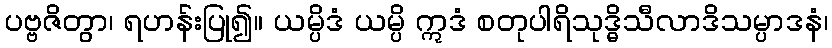
ပဗ္ဗဇိတွာ၊ ရဟန်းပြု၍။ ယမ္ပိဒံ ယမ္ပိ ဣဒံ စတုပါရိသုဒ္ဓိသီလာဒိသမ္ပာဒနံ၊